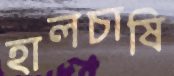
হালচাষি